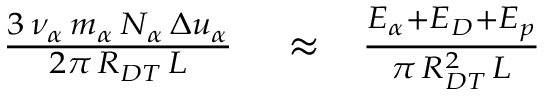
\begin{array} { r l r } { \frac { 3 \, \nu _ { \alpha } \, m _ { \alpha } \, N _ { \alpha } \, \Delta u _ { \alpha } } { 2 \pi \, R _ { D T } \, L } } & { { } \approx } & { \frac { E _ { \alpha } + E _ { D } + E _ { p } } { \pi \, R _ { D T } ^ { 2 } \, L } } \end{array}